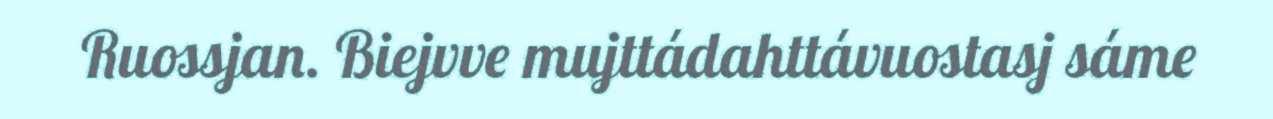
Ruossjan. Biejvve mujttádahttávuostasj sáme